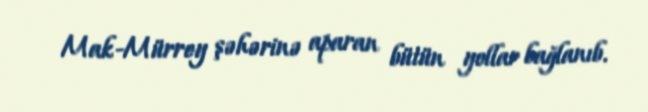
Mak-Mürrey şəhərinə aparan bütün yollar bağlanıb.